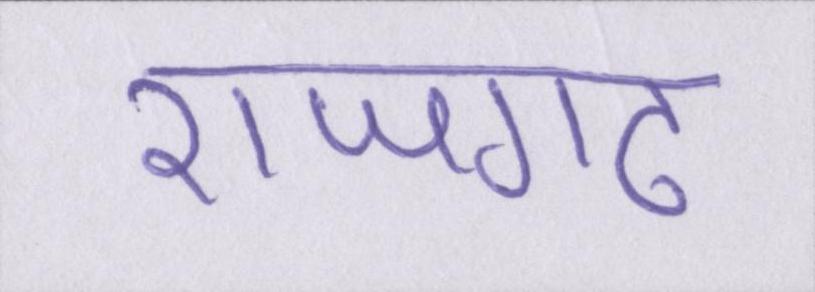
राजगढ